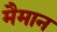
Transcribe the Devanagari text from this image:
मैमान